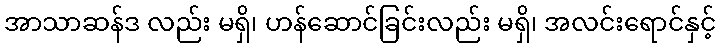
အာသာဆန်ဒ လည်း မရှိ၊ ဟန်ဆောင်ခြင်းလည်း မရှိ၊ အလင်းရောင်နှင့်